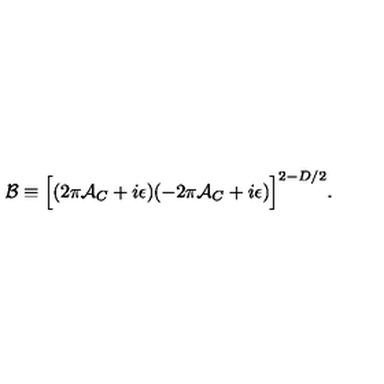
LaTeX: { \cal B } \equiv \Bigl [ ( 2 \pi { \cal A } _ { C } + i \epsilon ) ( - 2 \pi { \cal A } _ { C } + i \epsilon ) \Bigr ] ^ { 2 - D / 2 } .